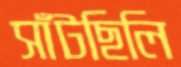
সাঁটছিলি